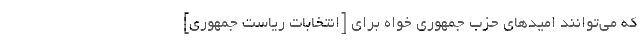
که می‌توانند امیدهای حزب جمهوری خواه برای [انتخابات ریاست جمهوری]